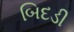
બિદડી